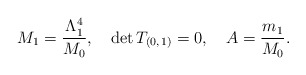
\begin{align*}M_{1}=\frac{\Lambda _{1}^{4}}{M_{0}},\quad\mathrm{det}\,T_{(0,\,1)}=0,\quad A=\frac{m_{1}}{M_{0}}.\end{align*}